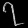
Digit: ၇